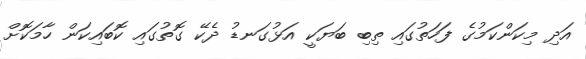
އަދި މިކަންކަމުގެ ފަހަތުގައި ތިބި ބަޔަކީ އަޅުގަނޑު ދެކޭ ގޮތުގައި ކޮބައިކަން ހާމަކޮށް